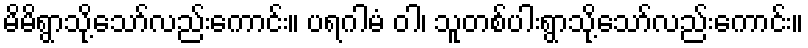
မိမိရွာသို့သော်လည်းကောင်း။ ပရဂါမံ ဝါ၊ သူတစ်ပါးရွာသို့သော်လည်းကောင်း။